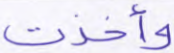
وأخذت